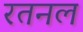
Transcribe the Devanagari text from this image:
रतनल